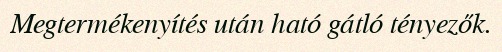
Megtermékenyítés után ható gátló tényezők.